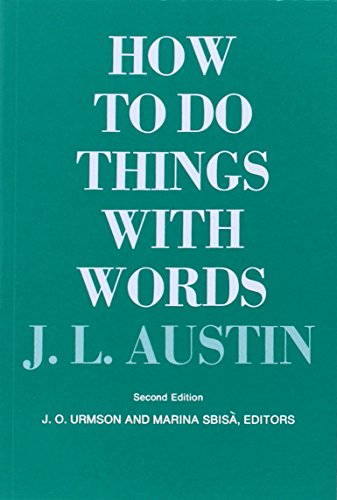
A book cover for How to Do Things with Words: Second Edition (The William James Lectures); J. L. Austin; Politics & Social Sciences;